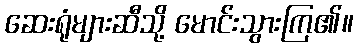
ဆေးရုံများဆီသို့ မောင်းသွားကြ၏။